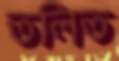
তলিত